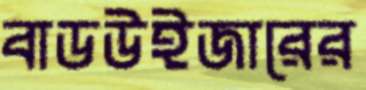
বাডউইজারের